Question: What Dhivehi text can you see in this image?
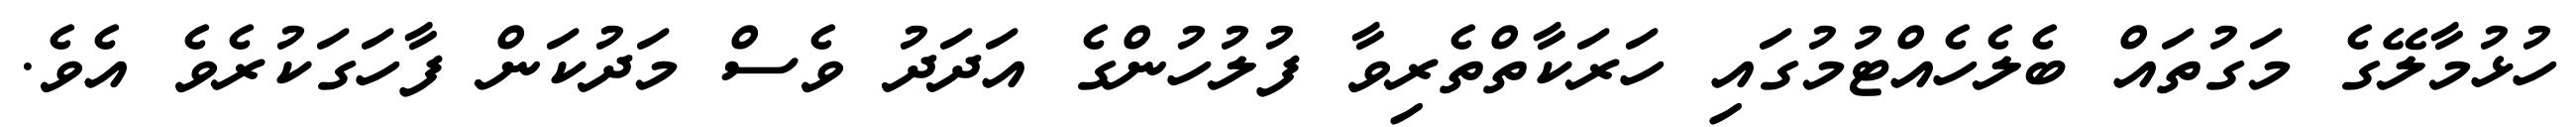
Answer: ހުޅުމާލޭގެ މަގުތައް ބެލެހެއްޓުމުގައި ހަރަކާތްތެރިވާ ފުލުހުންގެ އަދަދު ވެސް މަދުކަން ފާހަގަކުރެވެ އެވެ.